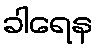
ခါရေန